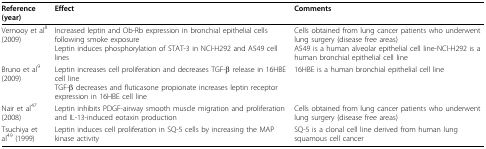
<table><thead><tr><td><b>Reference (year)</b></td><td><b>Effect</b></td><td><b>Comments</b></td></tr></thead><tbody><tr><td>Vernooy et al<sup>8 </sup>(2009)</td><td>Increased leptin and Ob-Rb expression in bronchial epithelial cells following smoke exposureLeptin induces phosphorylation of STAT-3 in NCI-H292 and A549 cell lines</td><td>Cells obtained from lung cancer patients who underwent lung surgery (disease free areas)A549 is a human alveolar epithelial cell line-NCI-H292 is a human bronchial epithelial cell line</td></tr><tr><td>Bruno et al<sup>9 </sup>(2009)</td><td>Leptin increases cell proliferation and decreases TGF-β release in 16HBE cell lineTGF-β decreases and fluticasone propionate increases leptin receptor expression in 16HBE cell line</td><td>16HBE is a human bronchial epithelial cell line</td></tr><tr><td>Nair et al<sup>47 </sup>(2008)</td><td>Leptin inhibits PDGF-airway smooth muscle migration and proliferation and IL-13-induced eotaxin production</td><td>Cells obtained from lung cancer patients who underwent lung surgery (disease free areas)</td></tr><tr><td>Tsuchiya et al<sup>49 </sup>(1999)</td><td>Leptin induces cell proliferation in SQ-5 cells by increasing the MAP kinase activity</td><td>SQ-5 is a clonal cell line derived from human lung squamous cell cancer</td></tr></tbody></table>